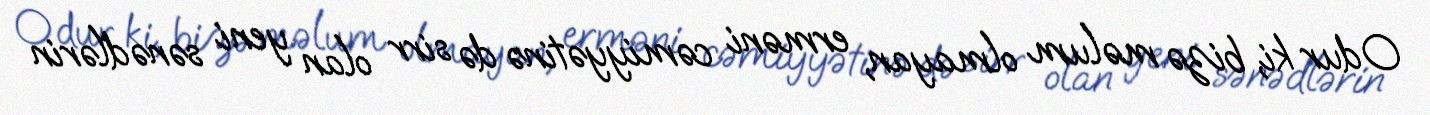
Odur ki, bizə məlum olmayan, erməni cəmiyyətinə də sirr olan yeni sənədlərin